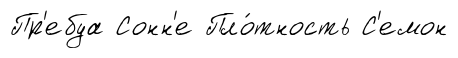
Пр'ебуа Сонн'е Пло́тность С'емон